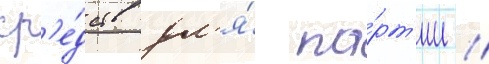
ср'е́дств дл'я́ па́рт'ии //